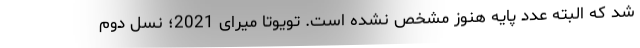
شد که البته عدد پایه هنوز مشخص نشده است. تویوتا میرای 2021؛ نسل دوم